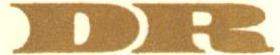
DR